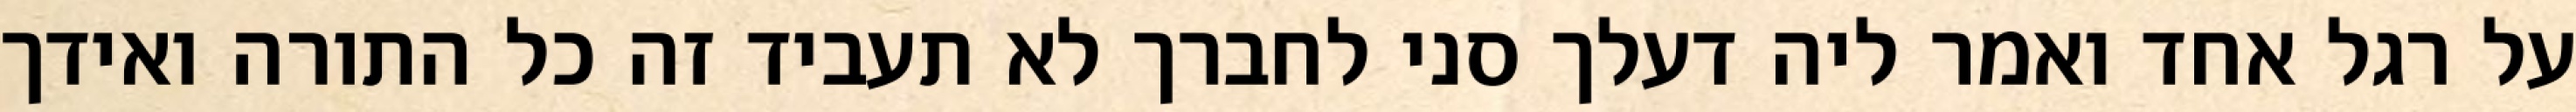
על רגל אחד ואמר ליה דעלך סני לחברך לא תעביד זה כל התורה ואידך